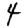
Digit: 4